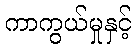
ကာကွယ်မှုနှင့်